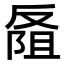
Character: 𪠭